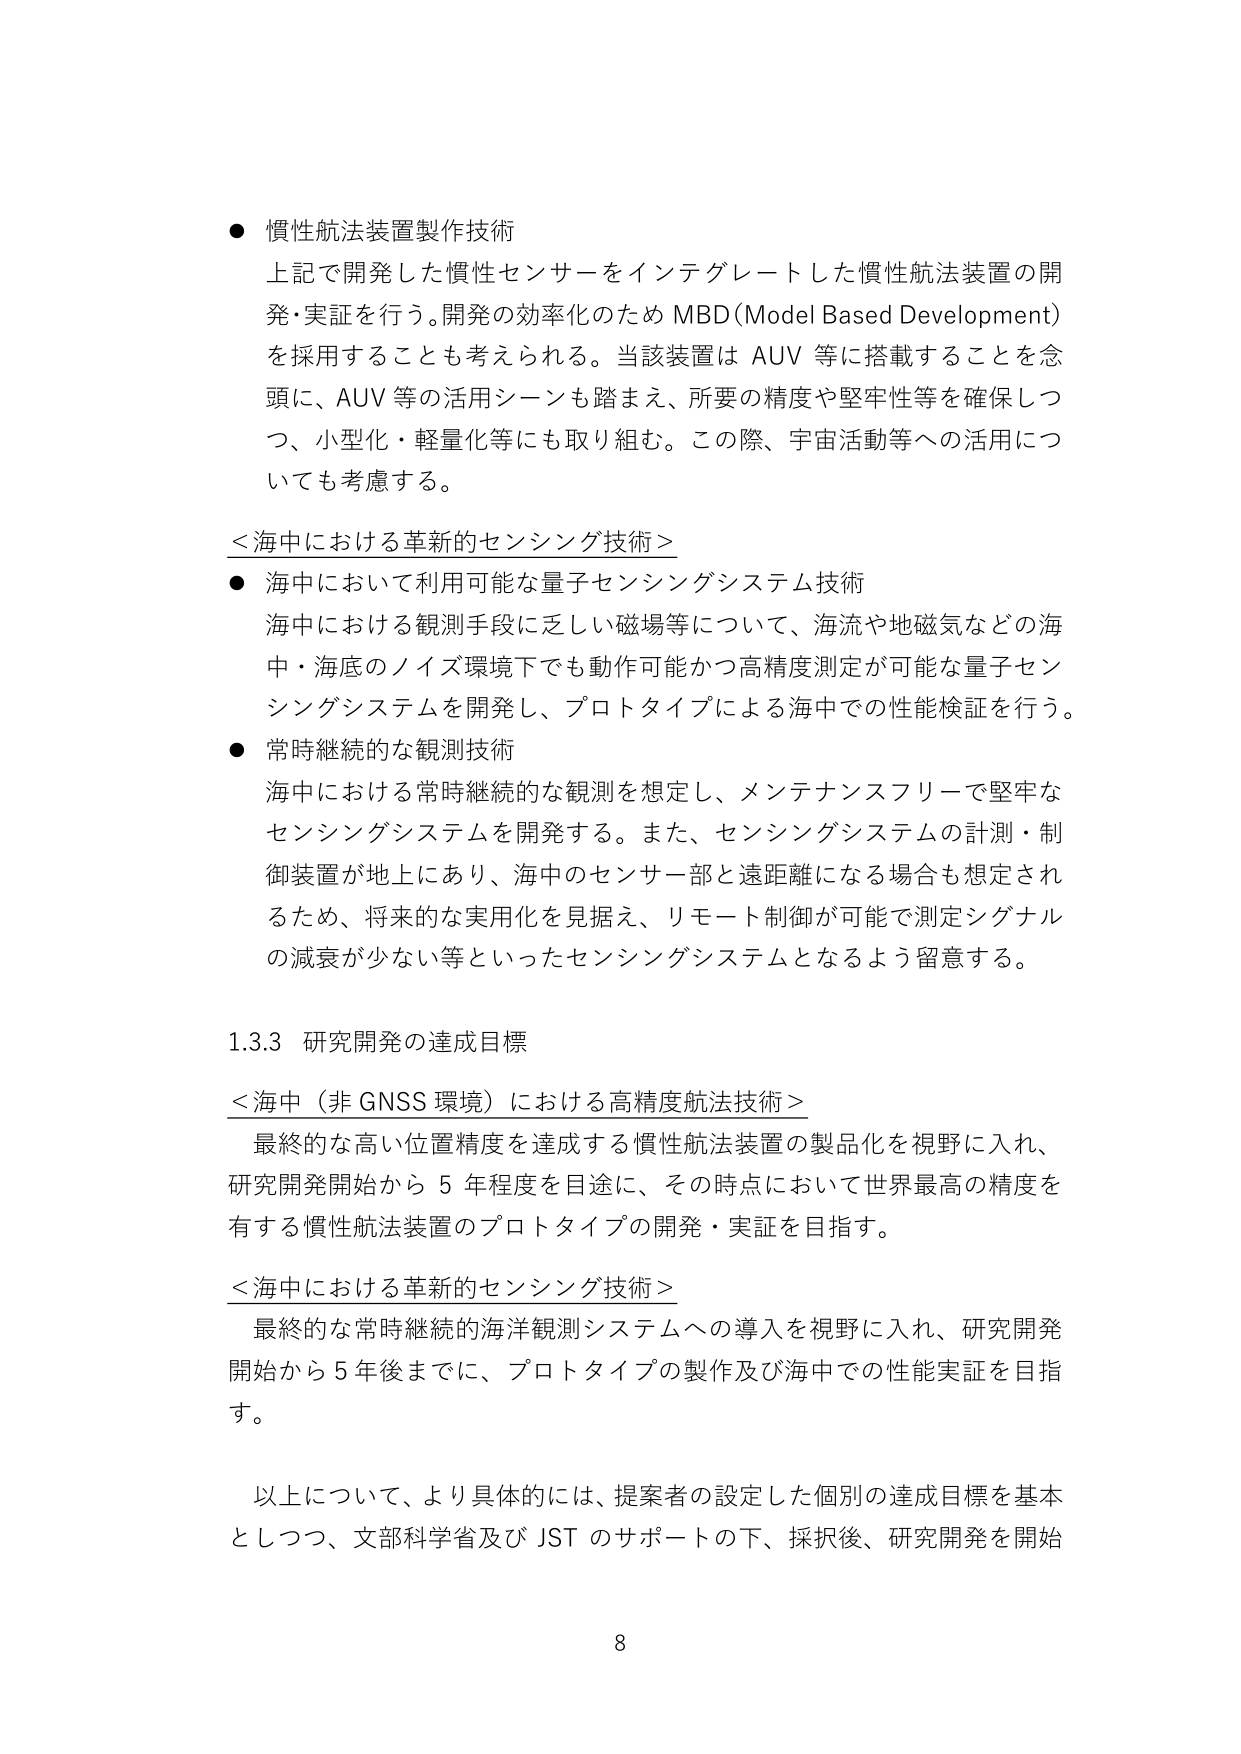
● 慣性航法装置製作技術
上記で開発した慣性センサーをインテグレートした慣性航法装置の開発・実証を行う。開発の効率化のため MBD（Model Based Development）を採用することも考えられる。当該装置は AUV 等に搭載することを念頭に、AUV 等の活用シーンも踏まえ、所要の精度や堅牢性等を確保しつつ、小型化・軽量化等にも取り組む。この際、宇宙活動等への活用についても考慮する。

＜海中における革新的センシング技術＞
● 海中において利用可能な量子センシングシステム技術
海中における観測手段に乏しい磁場等について、海流や地磁気などの海中・海底のノイズ環境下でも動作可能かつ高精度測定が可能な量子センシングシステムを開発し、プロトタイプによる海中での性能検証を行う。

● 常時継続的な観測技術
海中における常時継続的な観測を想定し、メンテナンスフリーで堅牢なセンシングシステムを開発する。また、センシングシステムの計測・制御装置が地上にあり、海中のセンサー部と遠距離になる場合も想定されるため、将来的な実用化を見据え、リモート制御が可能で測定シグナルの減衰が少ない等といったセンシングシステムとなるよう留意する。

1.3.3 研究開発の達成目標
＜海中（非 GNSS 環境）における高精度航法技術＞
最終的な高い位置精度を達成する慣性航法装置の製品化を視野に入れ、研究開発開始から 5 年程度を目途に、その時点において世界最高の精度を有する慣性航法装置のプロトタイプの開発・実証を目指す。

＜海中における革新的センシング技術＞
最終的な常時継続的海洋観測システムへの導入を視野に入れ、研究開発開始から 5 年後までに、プロトタイプの製作及び海中での性能実証を目指す。

以上について、より具体的には、提案者の設定した個別の達成目標を基本としつつ、文部科学省及び JST のサポートの下、採択後、研究開発を開始

8